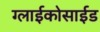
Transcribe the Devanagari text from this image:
ग्लाईकोसाईड